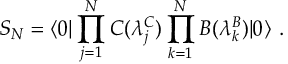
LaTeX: { S } _ { N } = { \langle 0 | \prod _ { j = 1 } ^ { N } C ( \lambda _ { j } ^ { C } ) \prod _ { k = 1 } ^ { N } B ( \lambda _ { k } ^ { B } ) | 0 \rangle } \ .